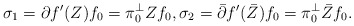
\begin{align*}\sigma_1 = \partial f'(Z)f_0 = \pi_0^\perp Zf_0,\sigma_2 = \bar\partial f'(\bar Z)f_0 = \pi_0^\perp\bar Z f_0.\end{align*}